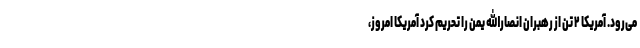
می‌رود. آمریکا ۲ تن از رهبران انصارالله یمن را تحریم کرد آمریکا امروز،